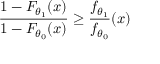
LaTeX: { \frac { 1 - F _ { \theta _ { 1 } } ( x ) } { 1 - F _ { \theta _ { 0 } } ( x ) } } \geq { \frac { f _ { \theta _ { 1 } } } { f _ { \theta _ { 0 } } } } ( x )